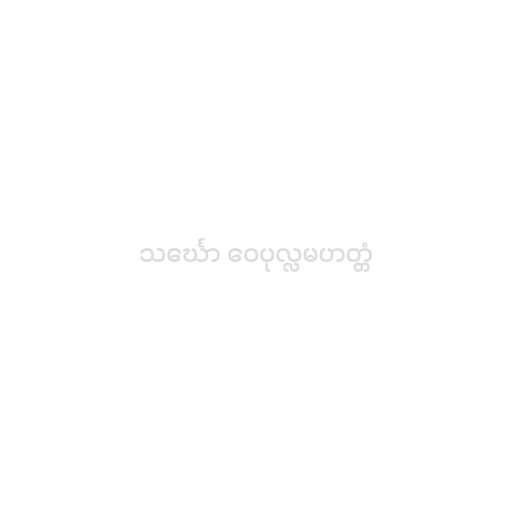
သင်္ဃော ဝေပုလ္လမဟတ္တံ